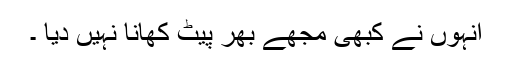
انہوں نے کبھی مجھے بھر پیٹ کھانا نہیں دیا ۔